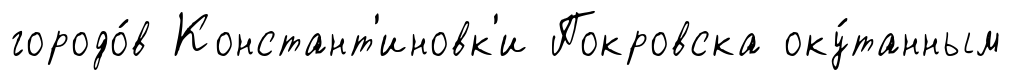
городо́в Констант'иновк'и Покровска оку́танным